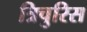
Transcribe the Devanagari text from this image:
त्रिचुरिस